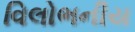
વિલોભનીય